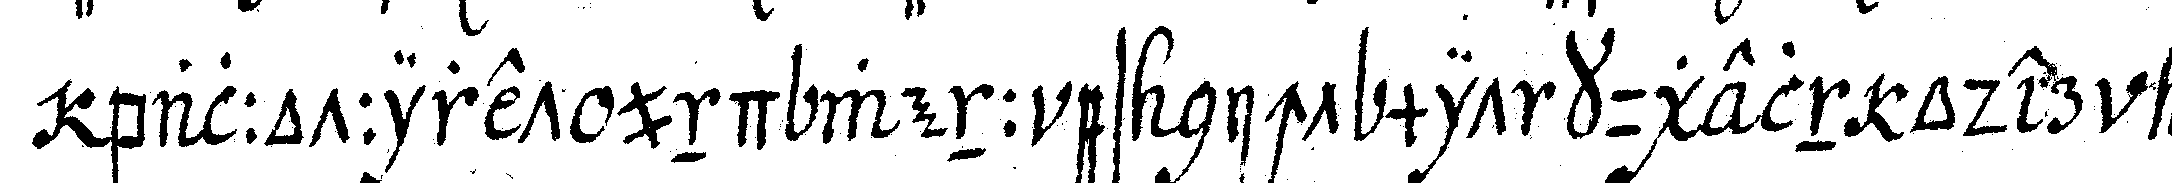
ballottiret und wenn es nicht mit kugeln oder